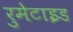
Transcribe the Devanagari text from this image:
रुमेटाइड